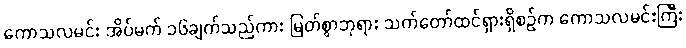
ကောသလမင်း အိပ်မက် ၁၆ချက်သည်ကား မြတ်စွာဘုရား သက်တော်ထင်ရှားရှိစဉ်က ကောသလမင်းကြီး